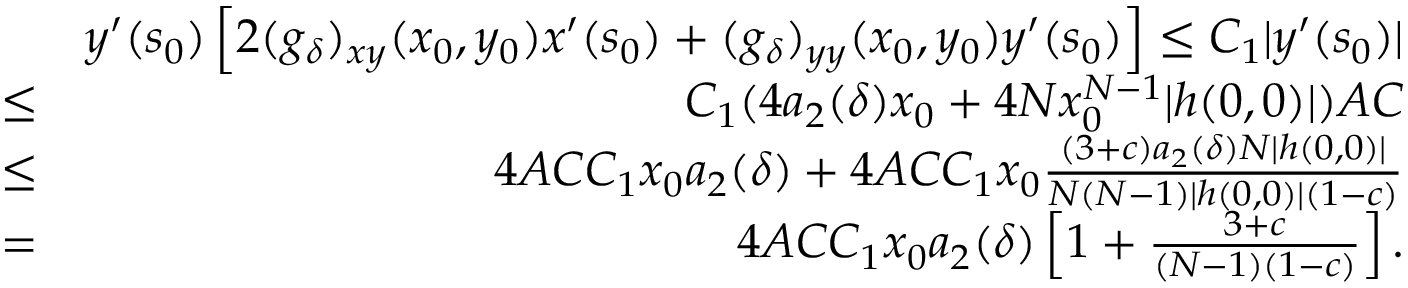
\begin{array} { r l r } & { } & { y ^ { \prime } ( s _ { 0 } ) \left[ 2 ( g _ { \delta } ) _ { x y } ( x _ { 0 } , y _ { 0 } ) x ^ { \prime } ( s _ { 0 } ) + ( g _ { \delta } ) _ { y y } ( x _ { 0 } , y _ { 0 } ) y ^ { \prime } ( s _ { 0 } ) \right] \leq C _ { 1 } | y ^ { \prime } ( s _ { 0 } ) | } \\ & { \leq } & { C _ { 1 } ( 4 a _ { 2 } ( \delta ) x _ { 0 } + 4 N x _ { 0 } ^ { N - 1 } | h ( 0 , 0 ) | ) A C } \\ & { \leq } & { 4 A C C _ { 1 } x _ { 0 } a _ { 2 } ( \delta ) + 4 A C C _ { 1 } x _ { 0 } \frac { ( 3 + c ) a _ { 2 } ( \delta ) N | h ( 0 , 0 ) | } { N ( N - 1 ) | h ( 0 , 0 ) | ( 1 - c ) } } \\ & { = } & { 4 A C C _ { 1 } x _ { 0 } a _ { 2 } ( \delta ) \left[ 1 + \frac { 3 + c } { ( N - 1 ) ( 1 - c ) } \right] . } \end{array}